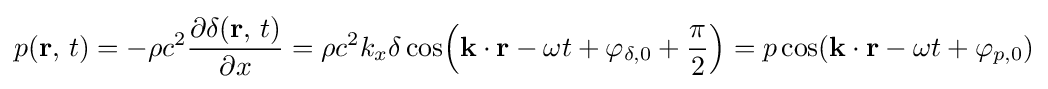
p(\mathbf {r} ,\,t)=-\rho c^{2}{\frac {\partial \delta (\mathbf {r} ,\,t)}{\partial x}}=\rho c^{2}k_{x}\delta \cos \!\left(\mathbf {k} \cdot \mathbf {r} -\omega t+\varphi _{\delta ,0}+{\frac {\pi }{2}}\right)=p\cos(\mathbf {k} \cdot \mathbf {r} -\omega t+\varphi _{p,0})